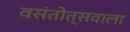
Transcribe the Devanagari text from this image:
वसंतोत्सवाला